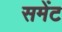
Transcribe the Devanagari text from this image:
समेंट